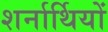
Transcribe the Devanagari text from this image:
शर्नार्थियों